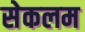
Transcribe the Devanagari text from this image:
सेकलम